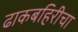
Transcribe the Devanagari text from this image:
ढाकबहिरीचा